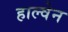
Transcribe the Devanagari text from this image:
हाल्वेन